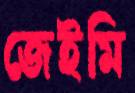
জেইমি